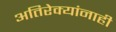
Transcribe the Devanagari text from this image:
अतिरेक्यांनाही